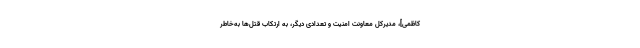
کاظمی]، مدیركل معاونت امنیت و تعدادى دیگر، به ارتكاب قتل‌ها به‌خاطر